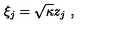
\xi _ { j } = \sqrt { \kappa } z _ { j } \ ,